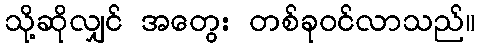
သို့ဆိုလျှင် အတွေး တစ်ခုဝင်လာသည်။